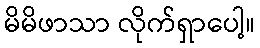
မိမိဖာသာ လိုက်ရှာပေါ့။